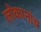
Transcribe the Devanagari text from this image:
लोकानांच